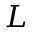
L